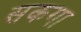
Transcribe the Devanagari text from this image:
सकगा